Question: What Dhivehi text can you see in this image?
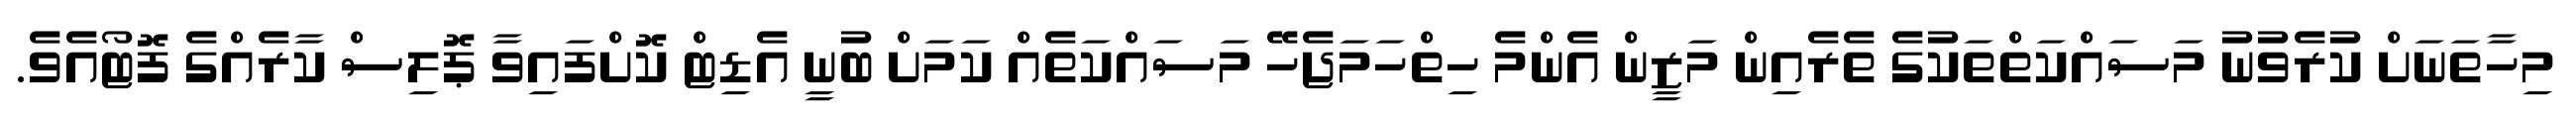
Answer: މިހާތަނަށް ކުރެވުނު މަސައްކަތްތަކުގެ ތެރެއިން މަޒީން އެންމެ ހިތްހަމަޖެހޭ މަސައްކަތެއް ކަމަށް ބުނީ އެޑިޓް ކޮށްފައިވާ ޕޮލިސް ކާރެއްގެ ފޮޓޯއެވެ.